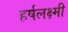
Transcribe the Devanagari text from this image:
हर्षलक्ष्मी